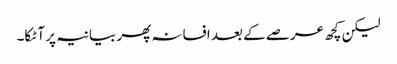
لیکن کچھ عرصے کے بعد افسانہ پھر بیانیہ پر آ ٹکا۔